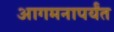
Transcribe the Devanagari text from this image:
आगमनापर्यंत